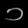
Digit: ၁